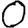
Digit: 0